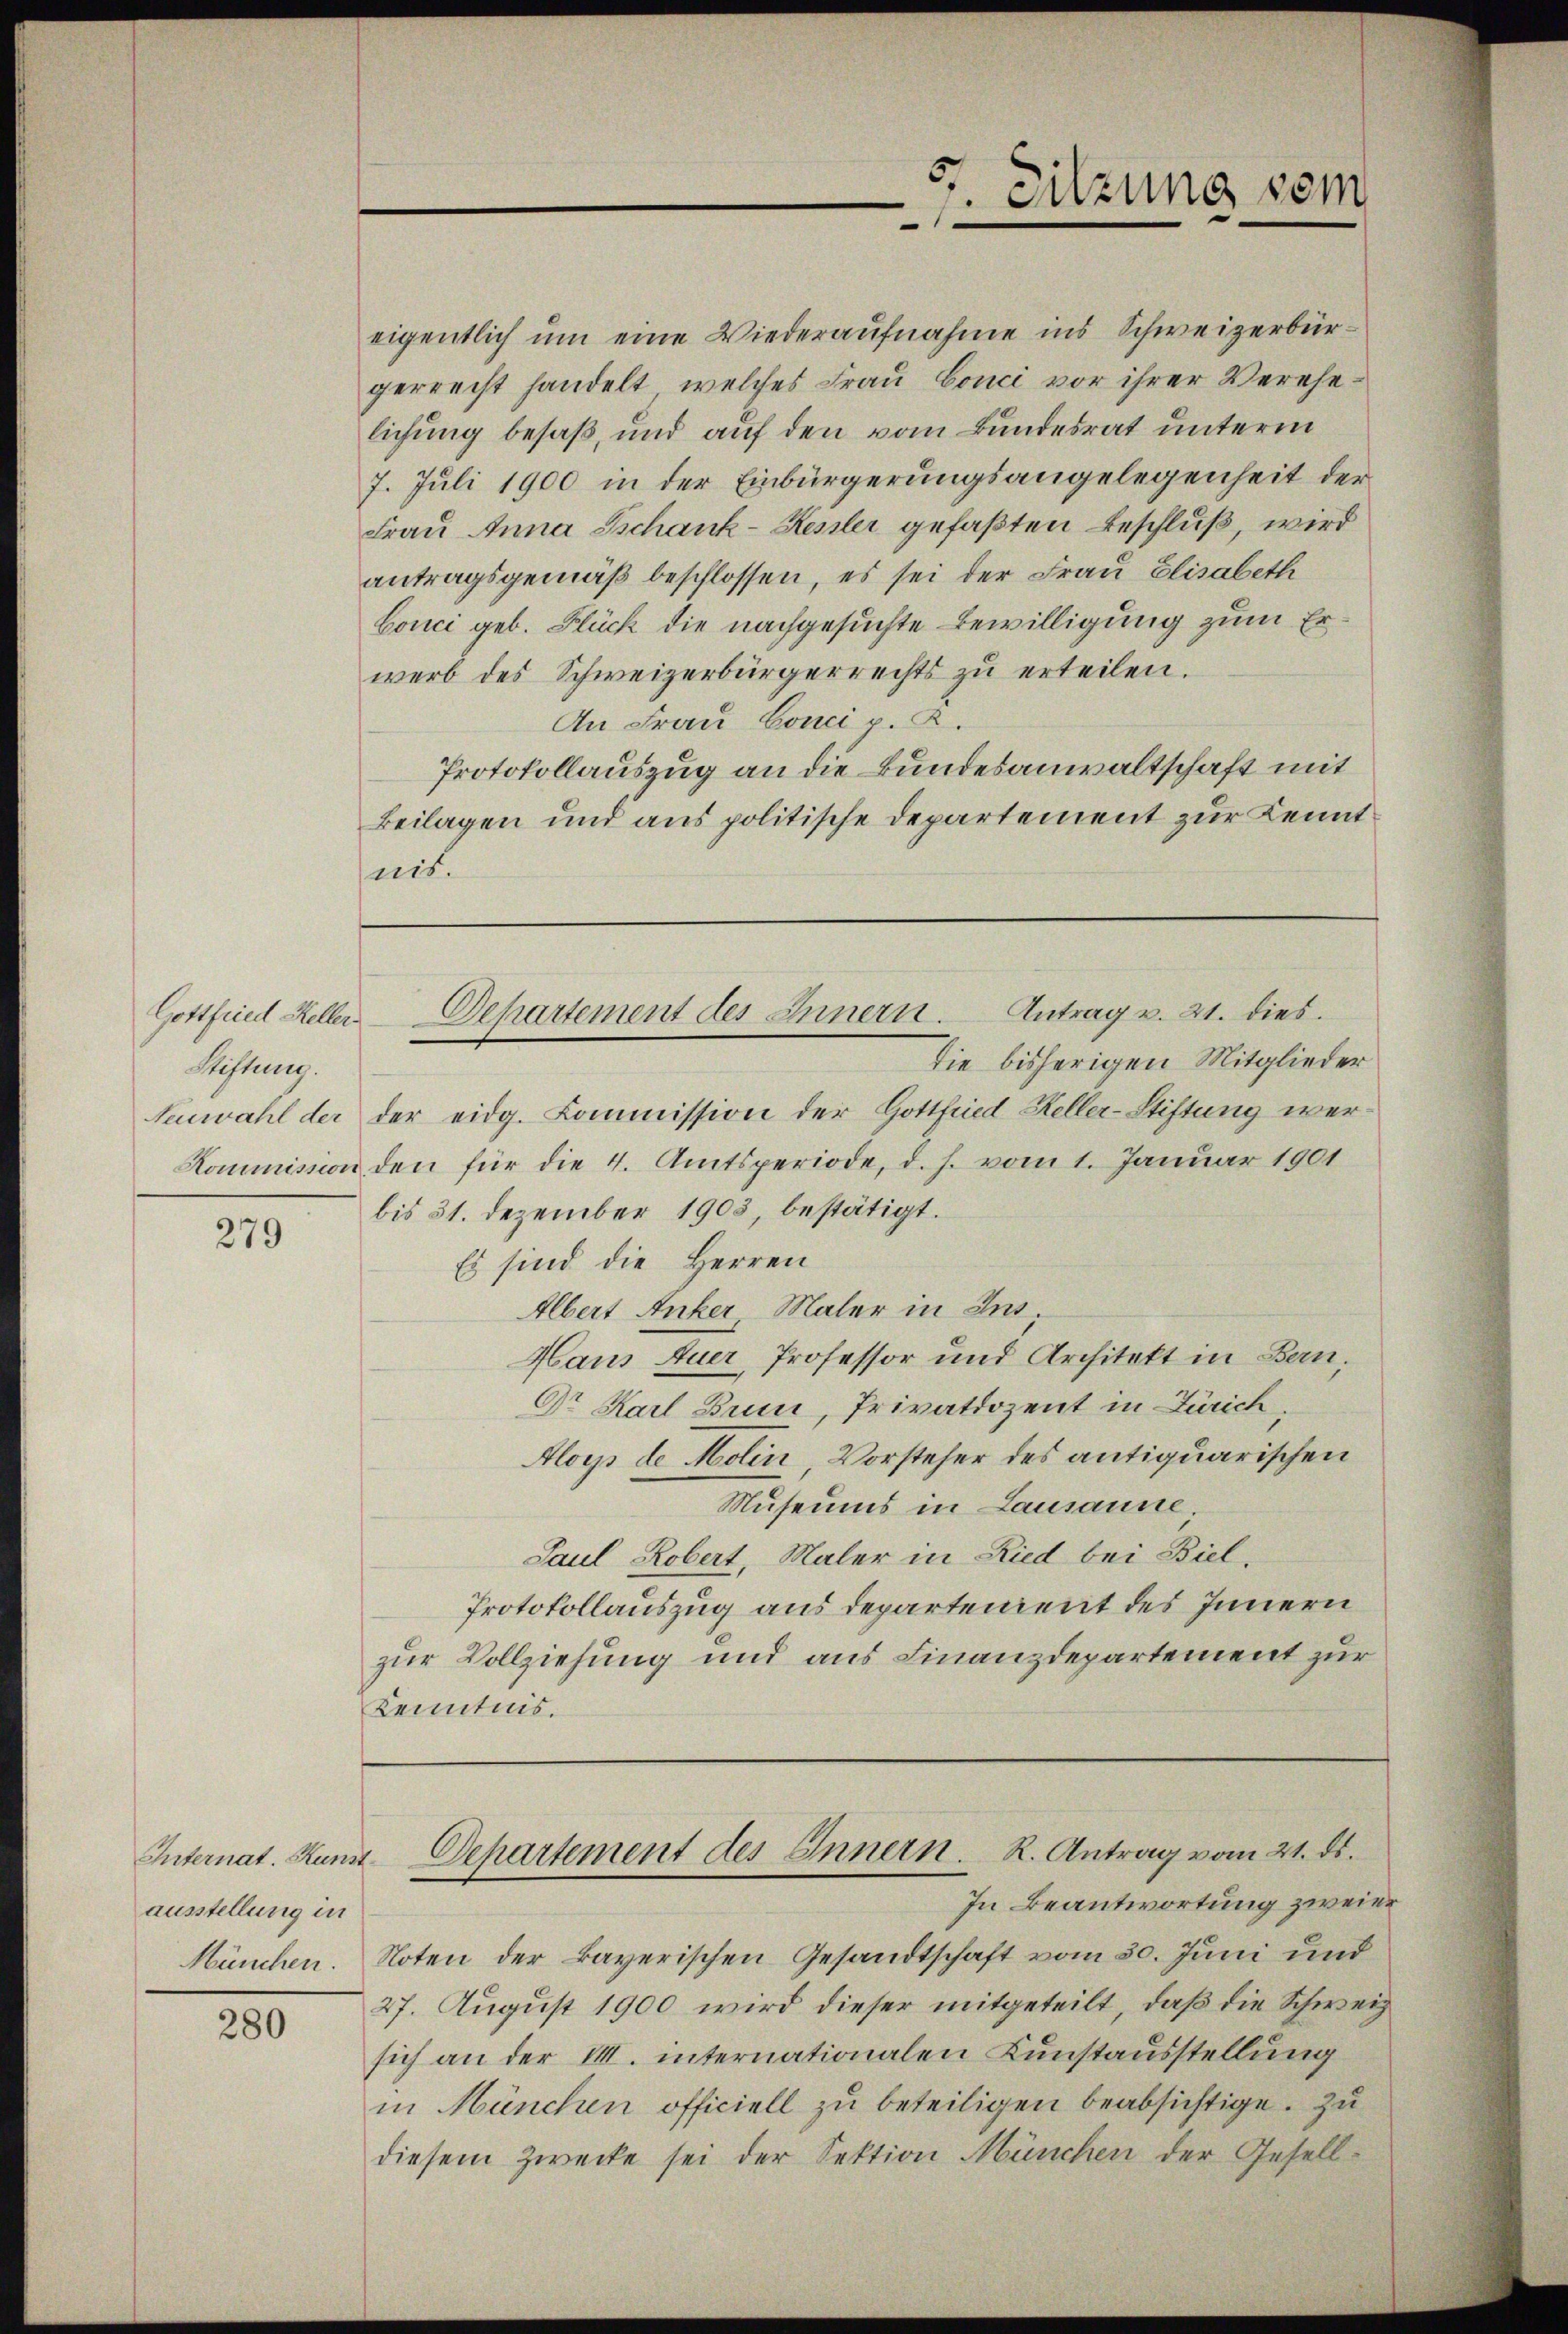
Gottfried Keller¬
Stiftung.

279

Internat. Kunst
ausstellung in
München.

280

eigentlich um eine Wiederaufnahme ins Schweizerbürgerrecht handelt, welches Frau Conci vor ihrer Verehelichung besaß, und auf den vom Bundesrat unterm
7. Juli 1900 in der Einbürgerungsangelegenheit der
Frau Anna Tschank-Keuler gefaßten Beschluß, wird
antragsgemäß beschlossen, es sei der Frau Elisabeth
Conci geb. Flück die nachgesuchte Bewilligung zum Erwerb des Schweizerbürgerrechts zŭ erteilen.
An Frau Conci p. 2.
Protokollauszug an die Bundesanwaltschaft mit
Beilagen und aus politische Departement zur Kenntmit.

Die bisherigen Mitglieder
Neuwahl der der eidg. Kommission der Gottfried Keller-Stiftung wer¬
Kommission den für die 4. Amtsperiode, d. h. vom 1. Januar 1901
bis 31. Dezember 1903, bestätigt.
Es sind die Herren
Albert Anker, Maler in Ins
Haus Auer, Professor und Architekt in Bern,
Dr Karl Brun, Privatdozent in Zürich,
Aloys de Molin Vorsteher des antiquarischen
Museums in Lausanne,
Paul Kobert, Maler in Ried bei Biel,
Protokollauszug aus Departement des Innern
zur Vollziehung und aus Finanzdepartement zur
Kenntnis.

Noten der kaverischen Gesandtschaft vom 30. Juni und
27. August 1900 wird dieser mitgeteilt, daß die Schweiz
sich an der VII. internationalen Kunstausstellung
in München officiell zu beteiligen beabsichtige. Zu
diesem Zwecke sei der Sektion München der Gesell-

Sitzung vom

Departement des Innern. Antrag v. 21. dies.

Departement des Innern. R. Antrag vom 21. ds.
In Beantwortung zweier